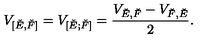
V _ { [ \check { E } , \check { F } ] } = V _ { [ \check { E } ; \check { F } ] } = \frac { V _ { \check { E } , \check { F } } - V _ { \check { F } , \check { E } } } { 2 } .